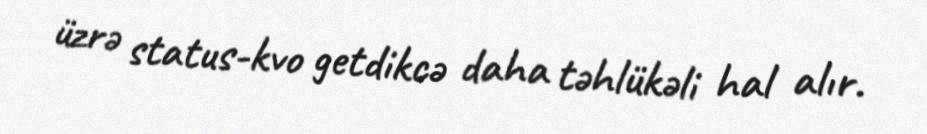
üzrə status-kvo getdikcə daha təhlükəli hal alır.